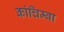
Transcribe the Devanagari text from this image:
कांचिम्बा